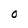
Character: O